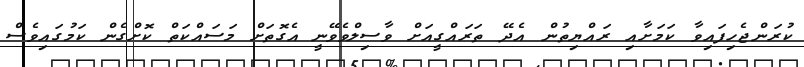
ކުރަންޖެހިފައިވާ ކަމަށާއި ރައްޔިތުން އެދޭ ތަރައްގީއަށް ވާސިލްވެވޭނީ އެގޮތަށް މަސައްކަތް ކޮށްގެން ކަމުގައިވެސް